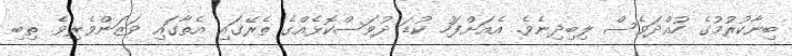
ބިނާކުރުމުގެ ހުއްދަވެސް ލިބިދިނެވެ. އެއަށްފަހު ކުޑަ ދުވަސްކޮޅެއްގެ ތެރޭގައި އެތާގައި ވަޒަންވެރިވެ ތިބި